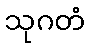
သုဂတံ